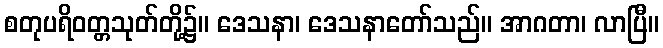
စတုပရိဝတ္တသုတ်တို့၌။ ဒေသနာ၊ ဒေသနာတော်သည်။ အာဂတာ၊ လာပြီ။